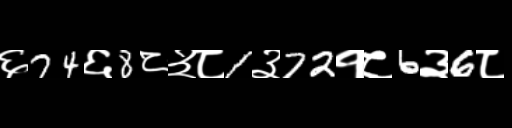
Text: ६74६8८३८1३72१८6३6८